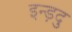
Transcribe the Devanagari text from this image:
इन्ड़दु